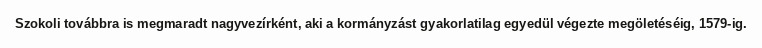
Szokoli továbbra is megmaradt nagyvezírként, aki a kormányzást gyakorlatilag egyedül végezte megöletéséig, 1579-ig.